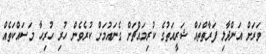
ވަރަށް އަންދާލި ފަރާތްތައް ޝަރީއަތުގެ ކުރިމައްޗަށް ގެނައުމަށް ކުރެވެން ހުރި ހުރިހާ މަސައްކަތެއް